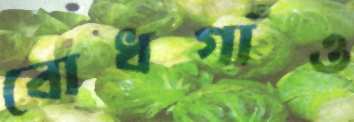
বোধগাঁও